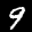
Label: 9